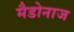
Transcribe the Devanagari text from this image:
मैडोनाज